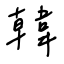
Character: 韓